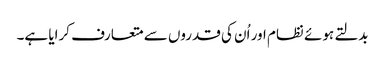
بدلتے ہوئے نظام اور اُن کی قدروں سے متعارف کرایا ہے۔